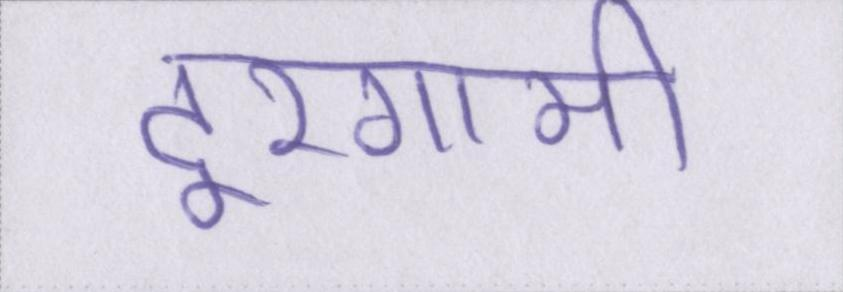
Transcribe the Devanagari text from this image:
दूरगामी